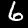
Digit: 6